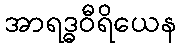
အာရဒ္ဓဝီရိယေန